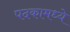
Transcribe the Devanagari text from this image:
पदकामध्ये